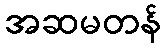
အဆမတန်